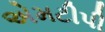
એમટીપી